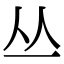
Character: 丛